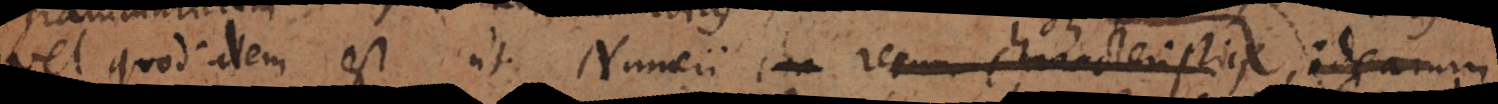
vel quod idem est ut Numeri ch rerum characteristici idearum